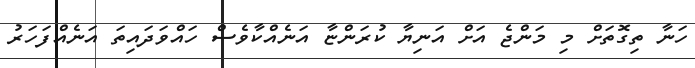
ހަނާ ތިގޮތަށް މި މަންޖެ އަށް އަނިޔާ ކުރަންޏާ އަނެއްކާވެސް ހައްވަދައިތަ އަނެއްފަހަރު